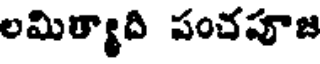
లమిత్యాది పంచపూజ